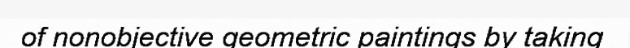
of nonobjective geometric paintings by taking